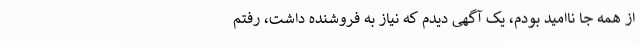
از همه جا ناامید بودم، یک آگهی دیدم که نیاز به فروشنده داشت، رفتم